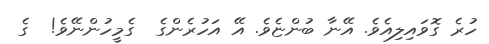
ހުރެ ގޮވައިލިއެވެ. އޭނާ ބުންޏެވެ. އޭ އަހުރެންގެ  ގެމީހުންނޭވެ!  ގެ